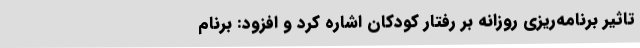
تاثیر برنامه‌ریزی روزانه بر رفتار کودکان اشاره کرد و افزود: برنام